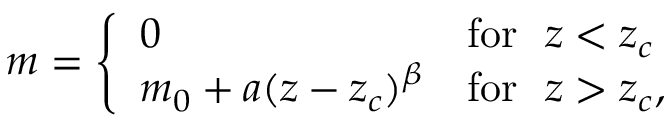
m = \left\{ \begin{array} { l l } { 0 } & { \mathrm { f o r } ~ ~ z < z _ { c } } \\ { m _ { 0 } + a ( z - z _ { c } ) ^ { \beta } } & { \mathrm { f o r } ~ ~ z > z _ { c } , } \end{array} \right.